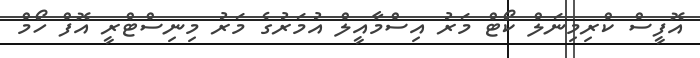
އޮފީސް ކްރިމިނަލް ކޯޓް މަރު އިސްމާއީލް އުމަރުގެ މަރު މިނިސްޓްރީ އޮފް ހޯމް